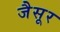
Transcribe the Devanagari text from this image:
जैसूर